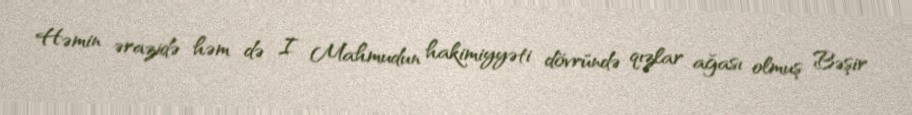
Həmin ərazidə həm də I Mahmudun hakimiyyəti dövründə qızlar ağası olmuş Bəşir